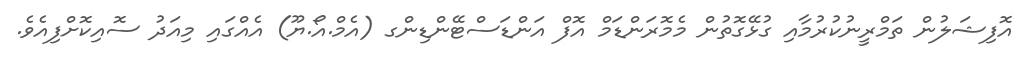
އޮފިޝަލުން ތަމްރީނުކުރުމާއި ގުޅޭގޮތުން މެމޮރަންޑަމް އޮފް އަންޑަސްޓޭންޑިންގ (އެމް.އޯ.ޔޫ) އެއްގައި މިއަދު ސޮއިކޮށްފިއެވެ.